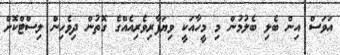
އަވަސް އިން ބެލި ބެލުމުން މި މީހާއަކީ ވިޔަފާރިވެރިއެއްގެ ގޮތުން ދިވެހިން ލިސްޓްކޮށް